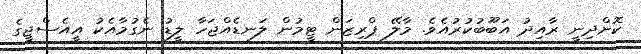
ކޮށްދިނީ ރާއިދު އަބޫބުކުރުއެވެ. މާލޭ ޕްރިޒަން ޓީމުން ލަނޑެއްޖަހާ ލީޑު ނެގުމާއެކު އީއެސްޖީގެ